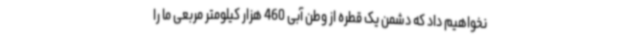
نخواهیم داد که دشمن یک قطره از وطن آبی 460 هزار کیلومتر مربعی ما را